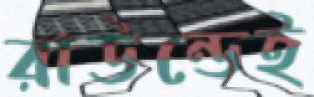
রাউন্ডেই